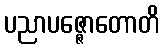
ပညာပဇ္ဇောတောတိ